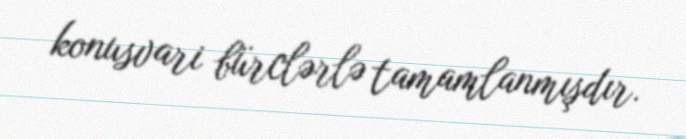
konusvari bürclərlə tamamlanmışdır.